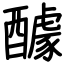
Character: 醵